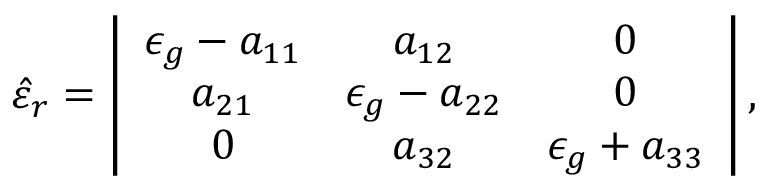
\hat { \varepsilon } _ { r } = \left| \begin{array} { c c c } { { \epsilon _ { g } - a _ { 1 1 } } } & { { a _ { 1 2 } } } & { { 0 } } \\ { { a _ { 2 1 } } } & { { \epsilon _ { g } - a _ { 2 2 } } } & { { 0 } } \\ { { 0 } } & { { a _ { 3 2 } } } & { { \epsilon _ { g } + a _ { 3 3 } } } \end{array} \right| ,